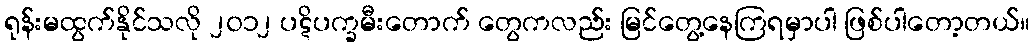
ရုန်းမထွက်နိုင်သလို ၂၀၁၂ ပဋိပက္ခမီးတောက် တွေကလည်း မြင်တွေ့နေကြရမှာပါ ဖြစ်ပါတော့တယ်။